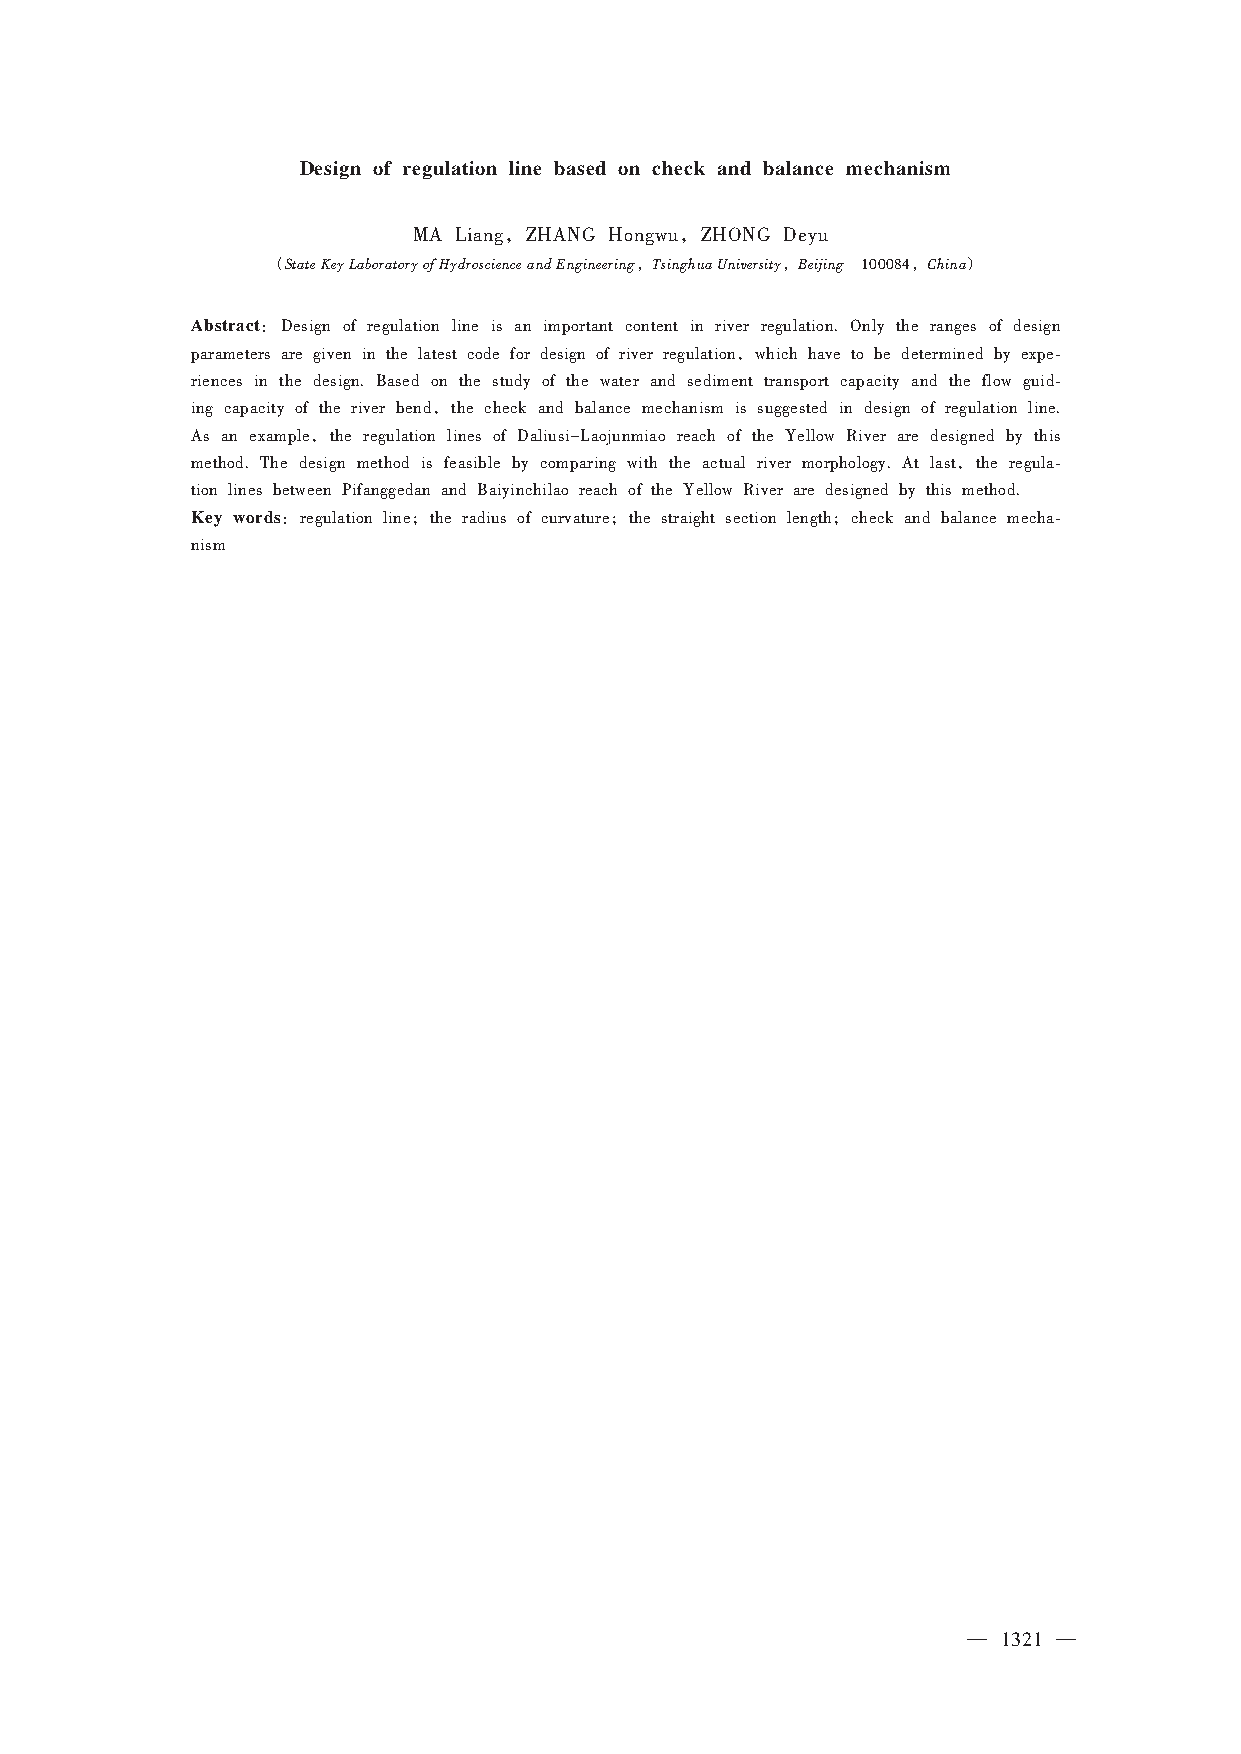
Design of regulation line based on check and balance mechanism
 ，           ，
 MA Liang ZHANG Hongwu ZHONG Deyu
 （StateKeyLaboratoryofHydroscienceandEngineering，TsinghuaUniversity，Beijing ，China）
 100084
 Abstract：
 Design of regulation line is an important content in river regulation. Only the ranges of design
 ，
 parameters are given in the latest code for design of river regulation which have to be determined by expe⁃
 riences in the design. Based on the study of the water and sediment transport capacity and the flow guid⁃
 ，
 ing capacity of the river bend the check and balance mechanism is suggested in design of regulation line.
 ，
 As an example the regulation lines of Daliusi-Laojunmiao reach of the Yellow River are designed by this
 ，
 method. The design method is feasible by comparing with the actual river morphology. At last the regula⁃
 tion lines between Pifanggedan and Baiyinchilao reach of the Yellow River are designed by this method.
 Key words：    ；            ；              ；
 regulation line the radius of curvature the straight section length check and balance mecha⁃
 nism
 — 1321 —